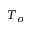
T _ { o }